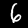
Label: 6